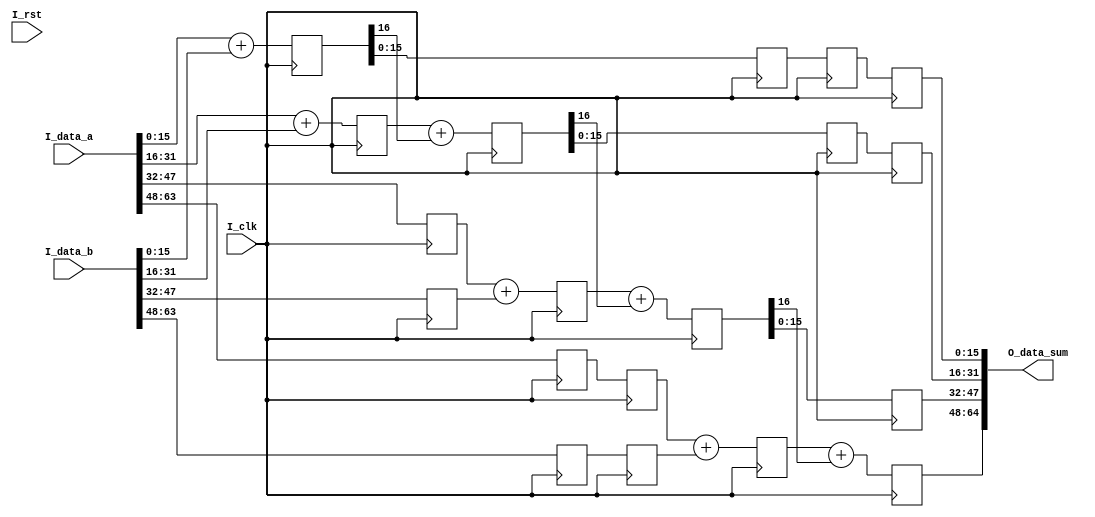
module add_pp4(
	input 			I_rst		,
	input 			I_clk		,
	input  [63:0]	I_data_a	,
	input  [63:0]	I_data_b	,
	output [64:0]	O_data_sum	
);

parameter ADD_WIDTH = 5'd16;

wire [15:0] S_d0_a0	;
wire [15:0] S_d0_a1	;
wire [15:0] S_d0_a2	;
wire [15:0] S_d0_a3	;

assign S_d0_a0 = I_data_a[15: 0];
assign S_d0_a1 = I_data_a[31:16];
assign S_d0_a2 = I_data_a[47:32];
assign S_d0_a3 = I_data_a[63:48];

wire [15:0] S_d0_b0	;
wire [15:0] S_d0_b1	;
wire [15:0] S_d0_b2	;
wire [15:0] S_d0_b3	;

assign S_d0_b0 = I_data_b[15: 0];
assign S_d0_b1 = I_data_b[31:16];
assign S_d0_b2 = I_data_b[47:32];
assign S_d0_b3 = I_data_b[63:48];

////Stage 1
reg [16:0] S_d1_ab0	;
reg [16:0] S_d1_ab1	;
reg [15:0] S_d1_a2	;
reg [15:0] S_d1_b2	;
reg [15:0] S_d1_a3	;
reg [15:0] S_d1_b3	;
////Stage 2
reg [15:0] S_d2_ab0	;
reg [16:0] S_d2_ab1	;
reg [16:0] S_d2_ab2	;
reg [15:0] S_d2_a3	;
reg [15:0] S_d2_b3	;
////Stage 3 
reg [15:0] S_d3_ab0	;
reg [15:0] S_d3_ab1	;
reg [16:0] S_d3_ab2	;
reg [16:0] S_d3_ab3	;
////Stage 4
reg [15:0] S_d4_ab0	;
reg [15:0] S_d4_ab1	;
reg [15:0] S_d4_ab2	;
reg [16:0] S_d4_ab3	;

always @(posedge I_clk)begin
	////Stage 1
	S_d1_ab0 <= S_d0_a0 + S_d0_b0		;////S_d1_ab0[15:0] stable
	S_d1_ab1 <= S_d0_a1 + S_d0_b1  		;
	S_d1_a2  <= S_d0_a2;
	S_d1_b2  <= S_d0_b2;
	S_d1_a3  <= S_d0_a3;
	S_d1_b3  <= S_d0_b3;
	////Stage 2
	S_d2_ab0 <= S_d1_ab0[15:0]			;
	S_d2_ab1 <= S_d1_ab1 + S_d1_ab0[16]	;////S_d2_ab1[15:0] stable
	S_d2_ab2 <= S_d1_a2	 + S_d1_b2		;
	S_d2_a3	 <= S_d1_a3;
	S_d2_b3	 <= S_d1_b3;
	////Stage 3
	S_d3_ab0 <= S_d2_ab0				;
	S_d3_ab1 <= S_d2_ab1[15:0]			;
	S_d3_ab2 <= S_d2_ab2 + S_d2_ab1[16]	;////S_d3_ab2[15:0] stable
	S_d3_ab3 <= S_d2_a3 + S_d2_b3		;
	////Stage 4 
	S_d4_ab0 <= S_d3_ab0				;
	S_d4_ab1 <= S_d3_ab1				;
	S_d4_ab2 <= S_d3_ab2[15:0]			;
	S_d4_ab3 <= S_d3_ab3 + S_d3_ab2[16] ;////S_d4_ab3[16:0] stable
end

assign O_data_sum = {S_d4_ab3[16:0],S_d4_ab2[15:0],S_d4_ab1[15:0],S_d4_ab0[15:0]};

endmodule